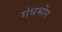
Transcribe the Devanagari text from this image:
गंधभोग